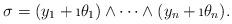
LaTeX: \begin{align*}\sigma=(y_1+\i \theta_1)\wedge\dots\wedge(y_n+\i \theta_n).\end{align*}